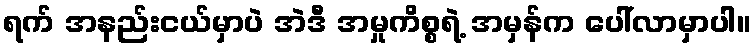
ရက် အနည်းငယ်မှာပဲ အဲဒီ အမှုကိစ္စရဲ့ အမှန်က ပေါ်လာမှာပါ။